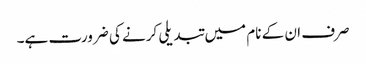
صرف ان کے نام میں تبدیلی کرنے کی ضرورت ہے۔